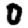
Digit: 0